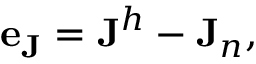
\begin{array} { r } { \mathbf { e } _ { \mathbf { J } } = \mathbf { J } ^ { h } - \mathbf { J } _ { n } , } \end{array}